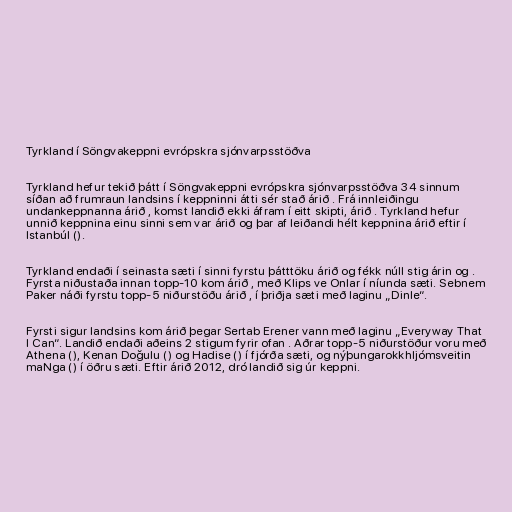
Tyrkland í Söngvakeppni evrópskra sjónvarpsstöðva

Tyrkland hefur tekið þátt í Söngvakeppni evrópskra sjónvarpsstöðva 34 sinnum
síðan að frumraun landsins í keppninni átti sér stað árið . Frá innleiðingu
undankeppnanna árið , komst landið ekki áfram í eitt skipti, árið . Tyrkland hefur
unnið keppnina einu sinni sem var árið og þar af leiðandi hélt keppnina árið eftir í
Istanbúl ().

Tyrkland endaði í seinasta sæti í sinni fyrstu þátttöku árið og fékk núll stig árin og .
Fyrsta niðustaða innan topp-10 kom árið , með Klips ve Onlar í níunda sæti. Sebnem
Paker náði fyrstu topp-5 niðurstöðu árið , í þriðja sæti með laginu „Dinle“.

Fyrsti sigur landsins kom árið þegar Sertab Erener vann með laginu „Everyway That
I Can“. Landið endaði aðeins 2 stigum fyrir ofan . Aðrar topp-5 niðurstöður voru með
Athena (), Kenan Doğulu () og Hadise () í fjórða sæti, og nýþungarokkhljómsveitin
maNga () í öðru sæti. Eftir árið 2012, dró landið sig úr keppni.